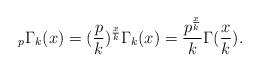
LaTeX: \begin{align*} _{p}\Gamma_{k}(x)=(\frac{p}{k})^{\frac{x}{k}}\Gamma_{k}(x)= \frac{p^{\frac{x}{k}}}{k}\Gamma(\frac{x}{k}).\end{align*}